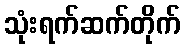
သုံးရက်ဆက်တိုက်